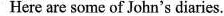
Here are some of John's diaries.